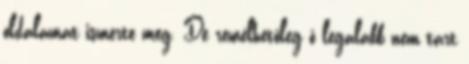
oldalamat ismerte meg. De remélhetőleg ő legalább nem tart